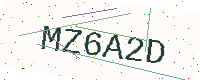
Text: MZ6A2D